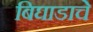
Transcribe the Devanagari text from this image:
बिघाडाचे